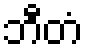
ဘီတံ